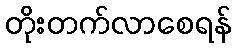
တိုးတက်လာစေရန်